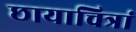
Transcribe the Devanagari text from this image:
छायाचित्रां